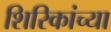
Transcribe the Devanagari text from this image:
शिरिकांच्या